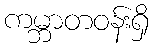
ကမ္ဘာတဝန်းရှိ